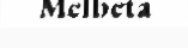
Melbeta